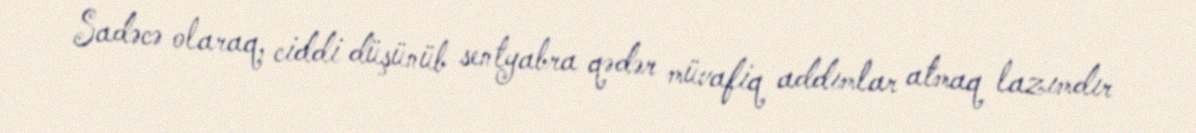
Sadəcə olaraq, ciddi düşünüb sentyabra qədər müvafiq addımlar atmaq lazımdır